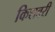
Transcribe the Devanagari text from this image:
किशबरी